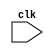
`timescale 1ns/100ps

module W0RM_Core_Control #(
  parameter SINGLE_CYCLE = 0
)(
  input wire      clk
);

endmodule